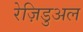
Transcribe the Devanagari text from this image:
रेज़िडुअल